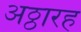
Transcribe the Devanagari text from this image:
अठ्ठारह